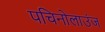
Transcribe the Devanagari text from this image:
पचिनोलाउंज